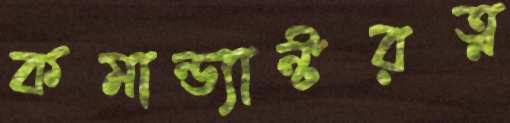
কমান্ড্যান্টরত্ন